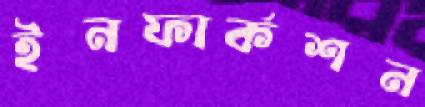
ইনফার্কশন